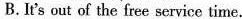
B.It's out of the free servicetime.